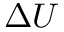
\Delta U